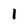
Character: I